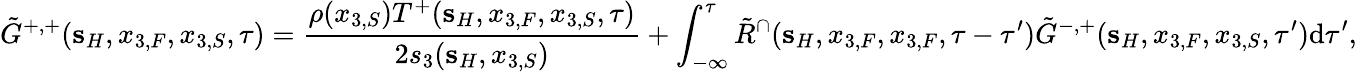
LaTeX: \tilde{G}^{+,+}({\mathbf s}_{H},x_{3,F},x_{3,S},\tau)=\frac{\rho(x_{3,S})T^{+}({\mathbf s}_{H},x_{3,F},x_{3,S},\tau)}{2s_{3}({\mathbf s}_{H},x_{3,S})}+\int_{-\infty}^{\tau}\tilde{R}^{\cap}({\mathbf s}_{H},x_{3,F},x_{3,F},\tau-\tau^{\prime})\tilde{G}^{-,+}({\mathbf s}_{H},x_{3,F},x_{3,S},\tau^{\prime})\mathrm{d}\tau^{\prime},